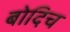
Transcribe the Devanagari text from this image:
बोदिच